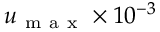
u _ { \mathrm { ~ m ~ a ~ x ~ } } \times 1 0 ^ { - 3 }